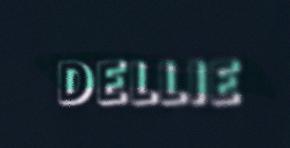
DELLIE